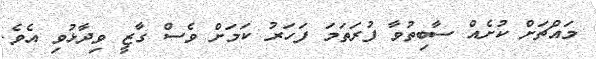
މައްޗަށް ކުށެއް ސާބިތުވާ ފުރަތަމަ ފަހަރު ކަމަށް ވެސް ގާޒީ ވިދާޅުވި އެވެ.